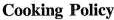
Cooking Policy